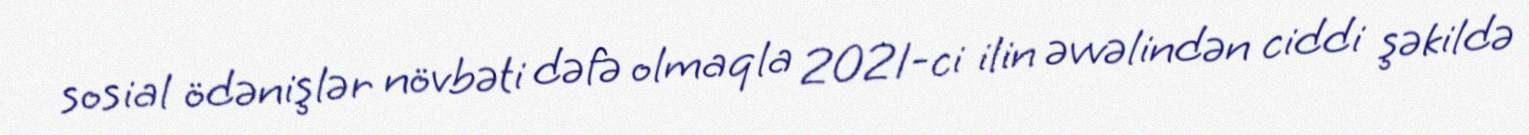
sosial ödənişlər növbəti dəfə olmaqla 2021-ci ilin əvvəlindən ciddi şəkildə